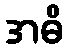
အဓိ